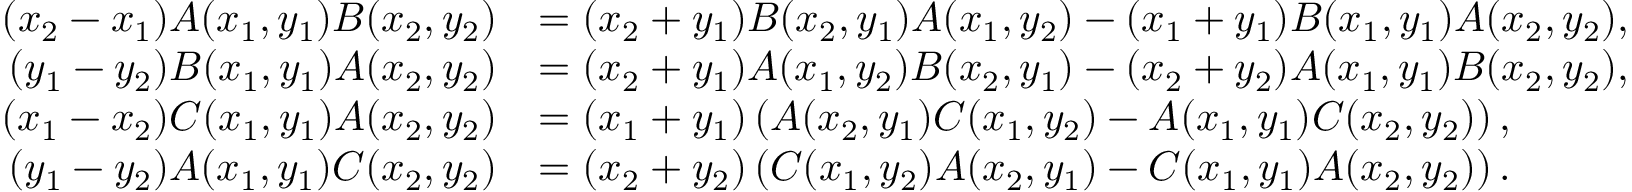
\begin{array} { r l } { ( x _ { 2 } - x _ { 1 } ) A ( x _ { 1 } , y _ { 1 } ) B ( x _ { 2 } , y _ { 2 } ) } & { = ( x _ { 2 } + y _ { 1 } ) B ( x _ { 2 } , y _ { 1 } ) A ( x _ { 1 } , y _ { 2 } ) - ( x _ { 1 } + y _ { 1 } ) B ( x _ { 1 } , y _ { 1 } ) A ( x _ { 2 } , y _ { 2 } ) , } \\ { ( y _ { 1 } - y _ { 2 } ) B ( x _ { 1 } , y _ { 1 } ) A ( x _ { 2 } , y _ { 2 } ) } & { = ( x _ { 2 } + y _ { 1 } ) A ( x _ { 1 } , y _ { 2 } ) B ( x _ { 2 } , y _ { 1 } ) - ( x _ { 2 } + y _ { 2 } ) A ( x _ { 1 } , y _ { 1 } ) B ( x _ { 2 } , y _ { 2 } ) , } \\ { ( x _ { 1 } - x _ { 2 } ) C ( x _ { 1 } , y _ { 1 } ) A ( x _ { 2 } , y _ { 2 } ) } & { = ( x _ { 1 } + y _ { 1 } ) \left( A ( x _ { 2 } , y _ { 1 } ) C ( x _ { 1 } , y _ { 2 } ) - A ( x _ { 1 } , y _ { 1 } ) C ( x _ { 2 } , y _ { 2 } ) \right) , } \\ { ( y _ { 1 } - y _ { 2 } ) A ( x _ { 1 } , y _ { 1 } ) C ( x _ { 2 } , y _ { 2 } ) } & { = ( x _ { 2 } + y _ { 2 } ) \left( C ( x _ { 1 } , y _ { 2 } ) A ( x _ { 2 } , y _ { 1 } ) - C ( x _ { 1 } , y _ { 1 } ) A ( x _ { 2 } , y _ { 2 } ) \right) . } \end{array}